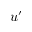
u ^ { \prime }